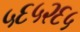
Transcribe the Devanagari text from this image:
५६५२६५